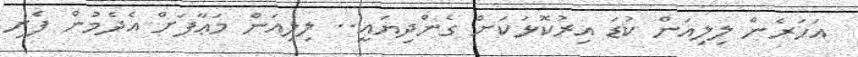
އަހަރެން ލިލިއަން ކުޑަ އިރުކޮޅަކަަށް ގެންދިޔައީ.. ލިލިއަން މަޢާފަށް އެދެމުން ފެށި